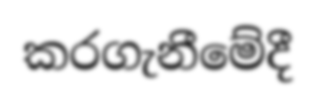
කරගැනීමේදී